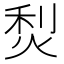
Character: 𤉌